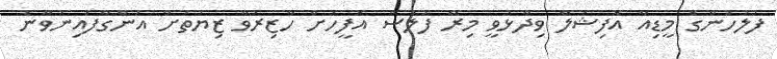
ފުލުހުންގެ މީޑިއާ އޮފިޝަލް ވިދާޅުވީ މިރޭ ފުލުސް އޮފީހަށް ހާޒިރުވާ ޒިޔަތަށް އަންގާފައިނުވާނެ